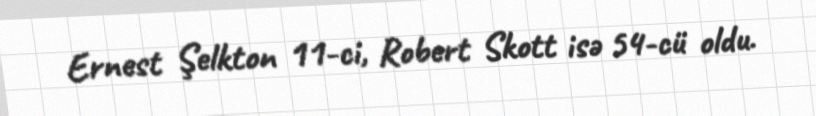
Ernest Şelkton 11-ci, Robert Skott isə 54-cü oldu.